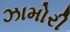
ઝામોરી